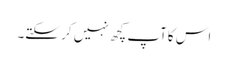
اس کاآپ کچھ نہیں کر سکتے۔